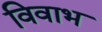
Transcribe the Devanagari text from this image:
विवाभ